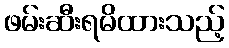
ဖမ်းဆီးရမိထားသည့်